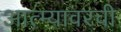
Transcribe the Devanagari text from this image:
आत्म्यावरची